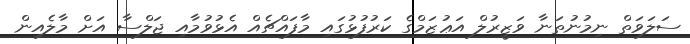
ސަލަވަތް ނިމުނުތަނާ ވަޒީރުލް އަޢުޒަމްގެ ކަރުފުޅުގައި މާފައްޗެއް އެޅުވުމާއި ޖަލްސާ އަށް މާލެއިން